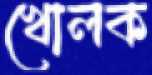
খোলক